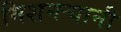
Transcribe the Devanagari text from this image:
मिशनर्‍यानी